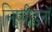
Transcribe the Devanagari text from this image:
निष्पीड़नों